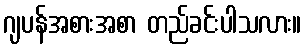
ဂျပန်အစားအစာ တည်ခင်းပါသလား။